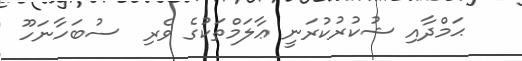
ޙަމްދާއި ޝުކުރުކުރަނީ ޢާލަމްތަކުގެ ވެރި  ސުބަހާނަހޫ